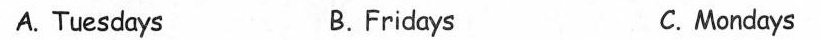
A.Tuesdays B.Fridays C.Mondays